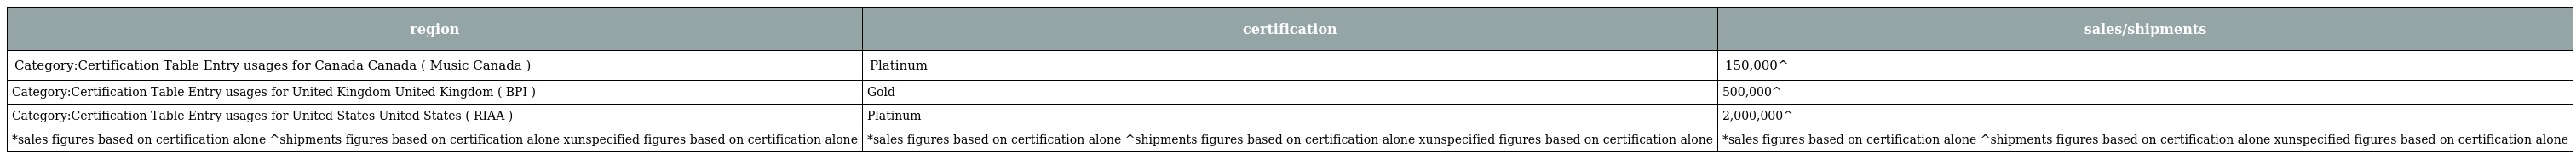
| region | certification | sales/shipments |
 | --- | --- | --- |
 | Category:Certification Table Entry usages for Canada Canada ( Music Canada ) | Platinum | 150,000^ |
 | Category:Certification Table Entry usages for United Kingdom United Kingdom ( BPI ) | Gold | 500,000^ |
 | Category:Certification Table Entry usages for United States United States ( RIAA ) | Platinum | 2,000,000^ |
 | *sales figures based on certification alone ^shipments figures based on certification alone xunspecified figures based on certification alone | *sales figures based on certification alone ^shipments figures based on certification alone xunspecified figures based on certification alone | *sales figures based on certification alone ^shipments figures based on certification alone xunspecified figures based on certification alone |